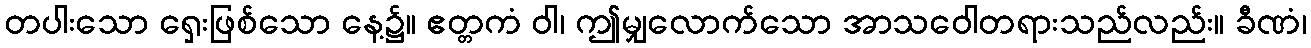
တပါးသော ရှေးဖြစ်သော နေ့၌။ ဧတ္တကံ ဝါ၊ ဤမျှလောက်သော အာသဝေါတရားသည်လည်း။ ခီဏံ၊